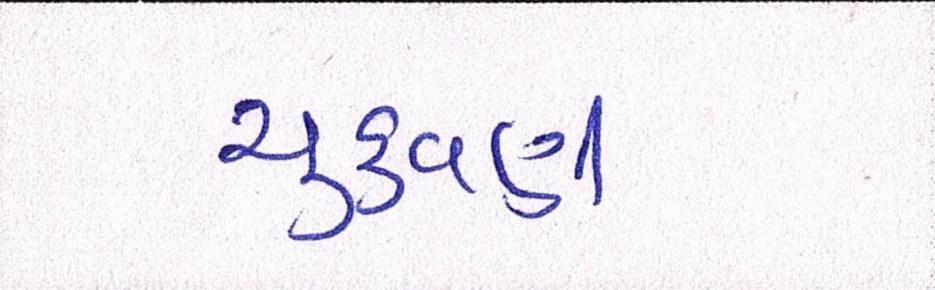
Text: ચુકવણી